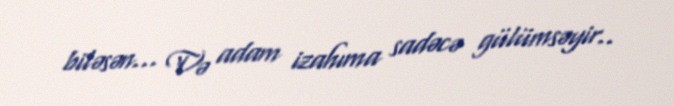
biləsən... Və adam izahıma sadəcə gülümsəyir..